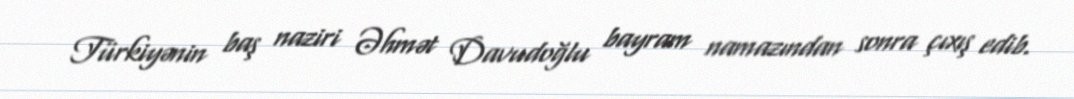
Türkiyənin baş naziri Əhmət Davudoğlu bayram namazından sonra çıxış edib.